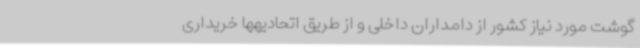
گوشت مورد نیاز کشور از دامداران داخلی و از طریق اتحادیهها خریداری